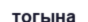
тогына